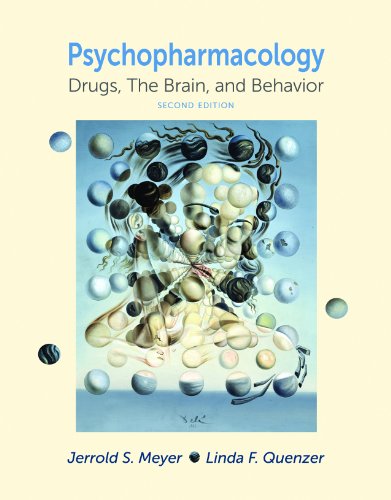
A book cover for Psychpharmacology: Drugs, the Brain, and Behavior, Second Edition; Jerrold S. Meyer; Medical Books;